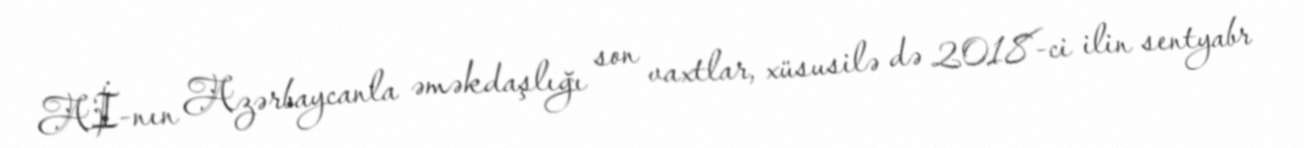
Aİ-nın Azərbaycanla əməkdaşlığı son vaxtlar, xüsusilə də 2018-ci ilin sentyabr